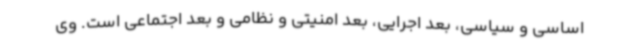
اساسی و سیاسی، بعد اجرایی، بعد امنیتی و نظامی و بعد اجتماعی است. وی